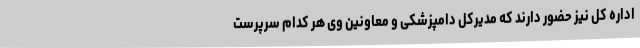
اداره کل نیز حضور دارند که مدیرکل دامپزشکی و معاونین وی هر کدام سرپرست